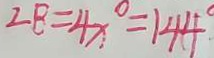
\angle B = 4 x ^ { \circ } = 1 4 4 ^ { \circ }